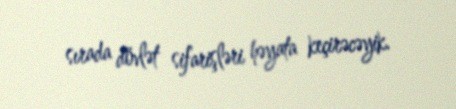
sırada dövlət sifarişləri həyata keçirəcəyik.